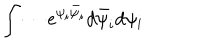
\int \cdots e ^ { \psi _ { i } \bar { \psi } _ { i } } d \bar { \psi } _ { i } d \psi _ { i }